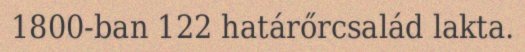
1800-ban 122 határőrcsalád lakta.